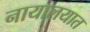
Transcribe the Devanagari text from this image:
नायालयात